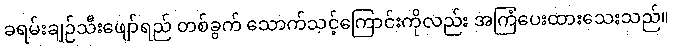
ခရမ်းချဉ်သီးဖျော်ရည် တစ်ခွက် သောက်သင့်ကြောင်းကိုလည်း အကြံပေးထားသေးသည်။